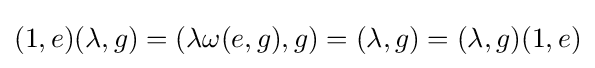
(1,e)(\lambda ,g)=(\lambda \omega (e,g),g)=(\lambda ,g)=(\lambda ,g)(1,e)